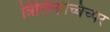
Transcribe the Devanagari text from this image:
त्रिलिनोच्चिच्पर